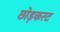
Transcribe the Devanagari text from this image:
छोड़करट